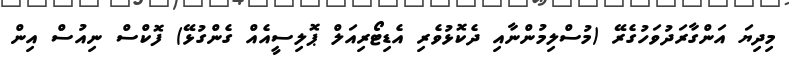
މިދިޔަ އަންގާރަދުވަހުގެރޭ (މުސްލިމުންނާއި ދެކޮޅުވެރި އެޑިޓޯރިއަލް ޕޮލިސީއެއް ގެންގުޅޭ) ފޮކްސް ނިއުސް އިން